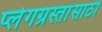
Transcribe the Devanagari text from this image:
प्लेगग्रस्तांसाठी